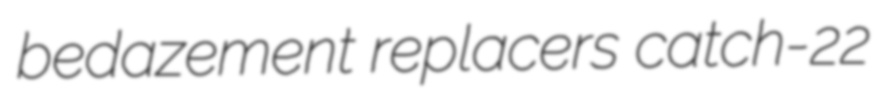
bedazement replacers catch-22